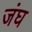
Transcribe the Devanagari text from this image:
जंघ